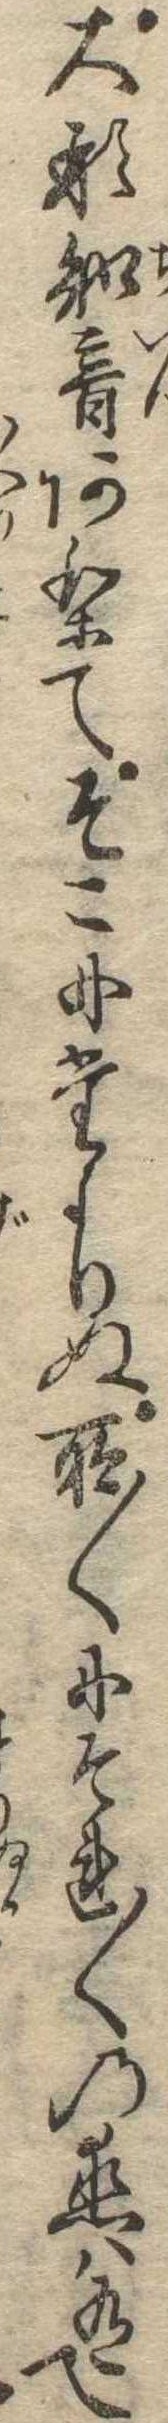
大形知音ありてそこにたよりぬ所〱にそれ〱の恋は有て